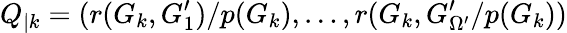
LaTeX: Q_{|k}=({r(G_{k},G_{1}^{\prime})}/{p(G_{k})},\dots,{r(G_{k},G_{\Omega^{\prime}}^{\prime}}/{p(G_{k})})